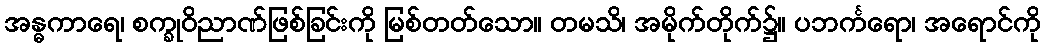
အန္ဓကာရေ၊ စက္ခုဝိညာဏ်ဖြစ်ခြင်းကို မြစ်တတ်သော။ တမသိ၊ အမိုက်တိုက်၌။ ပဘင်္ကရော၊ အရောင်ကို